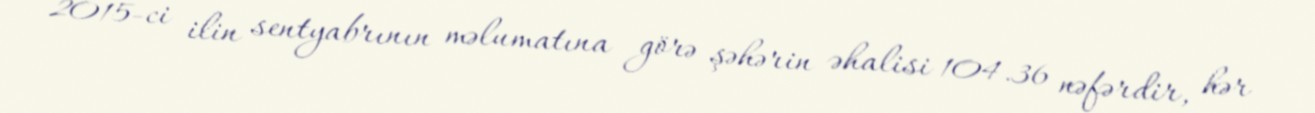
2015-ci ilin sentyabrının məlumatına görə şəhərin əhalisi 104.36 nəfərdir, hər